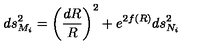
d s _ { M _ { i } } ^ { 2 } = \left( { \frac { d R } { R } } \right) ^ { 2 } + e ^ { 2 f ( R ) } d s _ { N _ { i } } ^ { 2 }